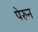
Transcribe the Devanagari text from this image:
पेरुन